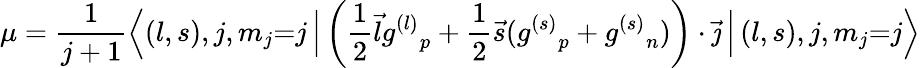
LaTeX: \mu={\frac{1}{j+1}}{\Bigl\langle}(l,s),j,m_{j}{=}j\, {\Bigr|}\left({\frac{1}{2}}{\vec{l}}{g^{(l)}}_{p}+{\frac{1}{2}}{\vec{s}}({g^{(s)}}_{p}+{g^{(s)}}_{n})\right)\cdot{\vec{\jmath}}\, {\Bigl|}\, (l,s),j,m_{j}{=}j{\Bigr\rangle}